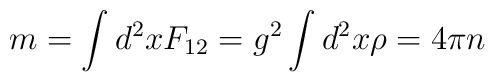
m=\int d^2x F_{12} = g^2\int d^2x \rho = 4\pi n